Annual report on the Civil Veterinary Department, Burma (including the Insein Veterinary School) - 1910-1922
Year: 1910
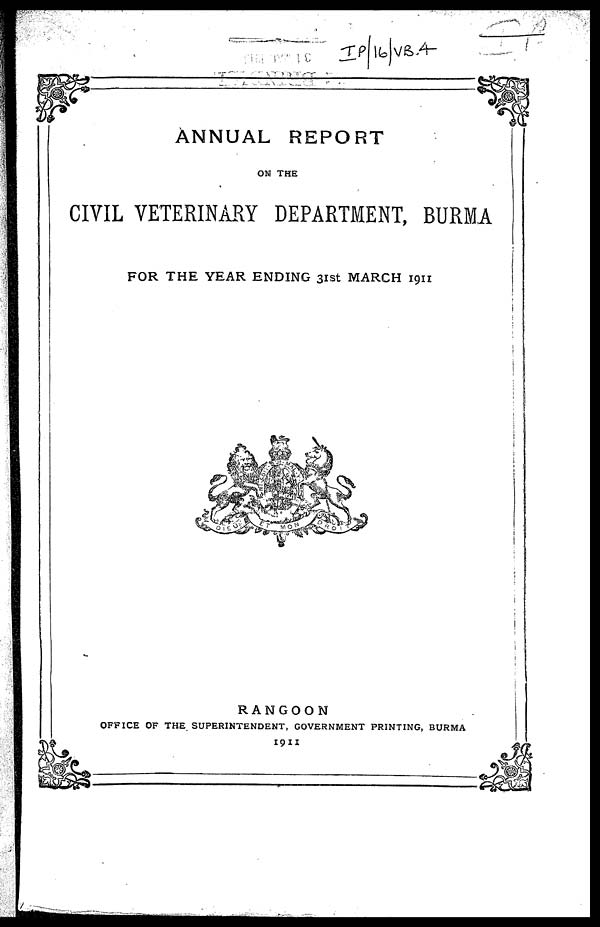
ANNUAL REPORT
ON THE
CIVIL VETERINARY DEPARTMENT, BURMA
FOR THE YEAR ENDING 31st MARCH 1911
RANGOON
OFFICE OF THE SUPERINTENDENT, GOVERNMENT PRINTING, BURMA
1911